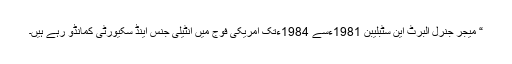
“ میجر جنرل البرٹ این سٹبلیبن 1981ءسے 1984ءتک امریکی فوج میں انٹیلی جنس اینڈ سکیورٹی کمانڈو رہے ہیں۔